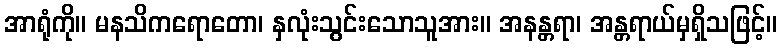
အာရုံကို။ မနသိကရောတော၊ နှလုံးသွင်းသောသူအား။ အနန္တရာ၊ အန္တရာယ်မှရှိသဖြင့်။